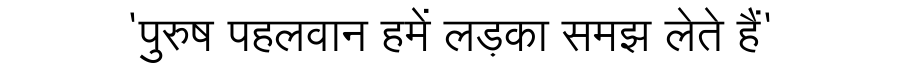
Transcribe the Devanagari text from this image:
'पुरुष पहलवान हमें लड़का समझ लेते हैं'